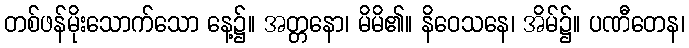
တစ်ဖန်မိုးသောက်သော နေ့၌။ အတ္တနော၊ မိမိ၏။ နိဝေသနေ၊ အိမ်၌။ ပဏီတေန၊